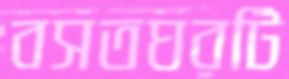
বসতঘরটি